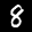
Label: 8